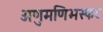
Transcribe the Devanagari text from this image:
अणुमणिभस्फट